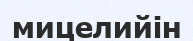
мицелийін